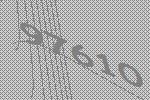
97610